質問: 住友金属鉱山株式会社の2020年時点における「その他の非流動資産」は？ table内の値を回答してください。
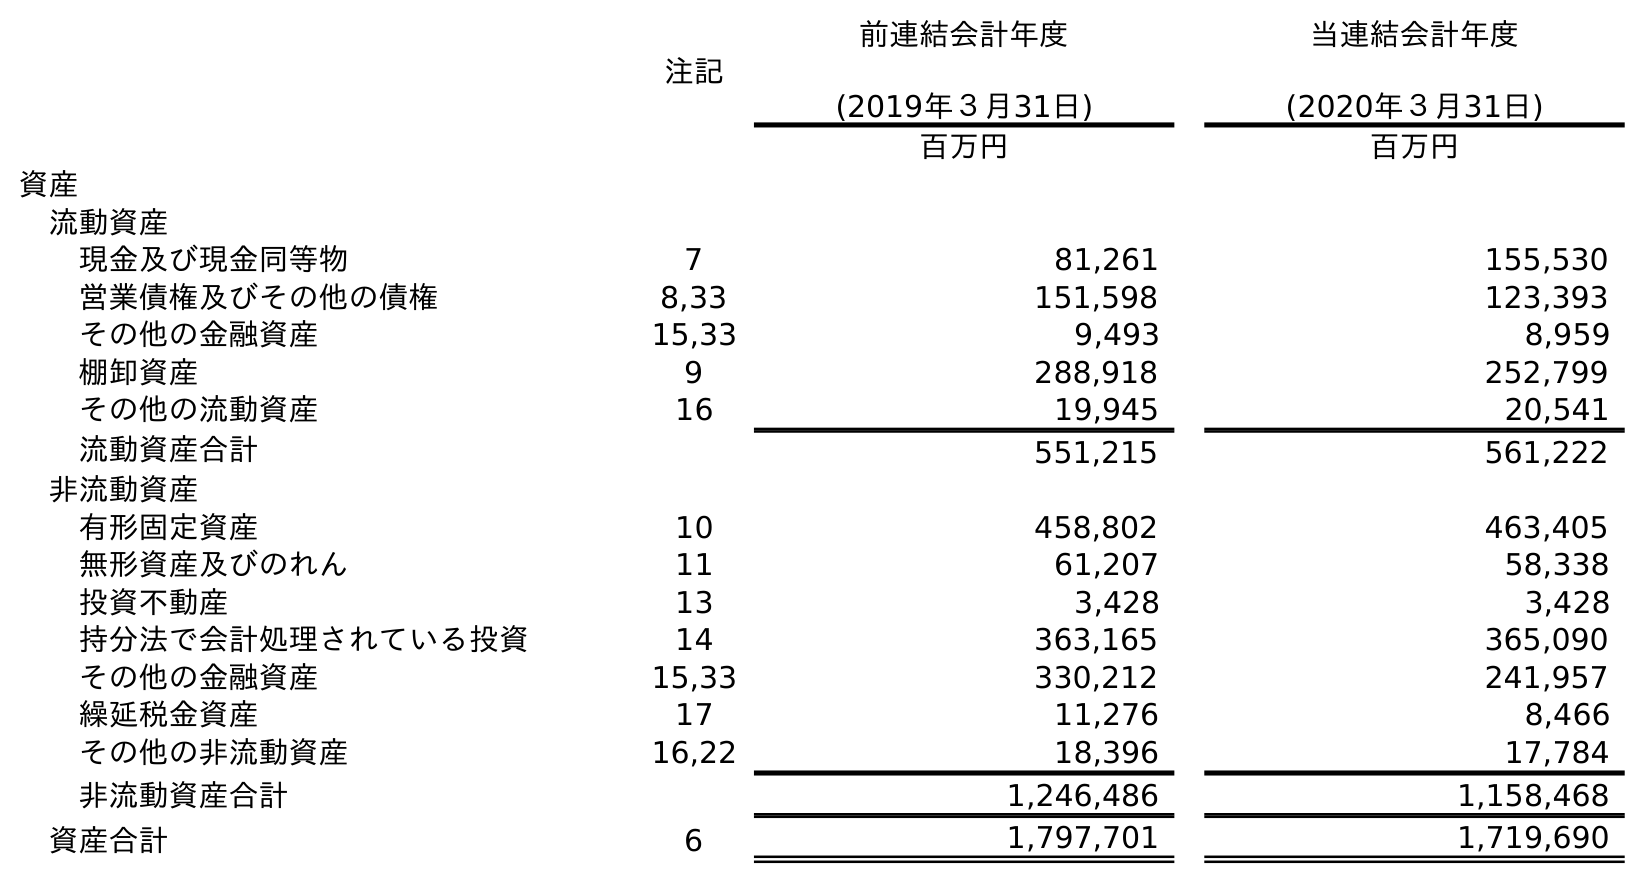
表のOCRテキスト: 注記 前連結会計年度 (2019年３月31日) 当連結会計年度 (2020年３月31日) 百万円 百万円 資産 流動資産 現金及び現金同等物 7 81,261 155,530 営業債権及びその他の債権 8,33 151,598 123,393 その他の金融資産 15,33 9,493 8,959 棚卸資産 9 288,918 252,799 その他の流動資産 16 19,945 20,541 流動資産合計 551,215 561,222 非流動資産 有形固定資産 10 458,802 463,405 無形資産及びのれん 11 61,207 58,338 投資不動産 13 3,428 3,428 持分法で会計処理されている投資 14 363,165 365,090 その他の金融資産 15,33 330,212 241,957 繰延税金資産 17 11,276 8,466 その他の非流動資産 16,22 18,396 17,784 非流動資産合計 1,246,486 1,158,468 資産合計 6 1,797,701 1,719,690
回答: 17,784